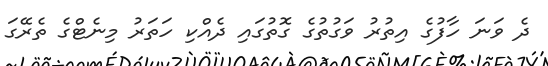
ދެ ވަނަ ހާފުގެ އިތުރު ވަގުތުގެ ގޮތުގައި ދެއްކި ހަތަރު މިނެޓްގެ ތެރޭގަ